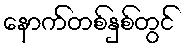
နောက်တစ်နှစ်တွင်